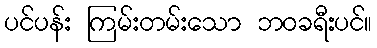
ပင်ပန်း ကြမ်းတမ်းသော ဘဝခရီးပင်။